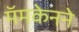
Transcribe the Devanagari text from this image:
मॅमकेनने